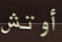
أوتش